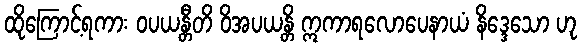
ထိုကြောင့်ရကား ဝပယန္တီတိ ဝိအပယန္တိ ဣကာရလောပေနာယံ နိဒ္ဒေသော ဟု